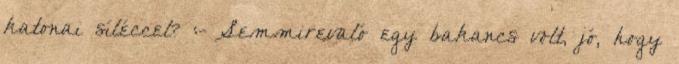
katonai síléccel? :- Semmirevaló egy bakancs volt, jó, hogy